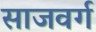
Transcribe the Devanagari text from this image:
साजवर्ग